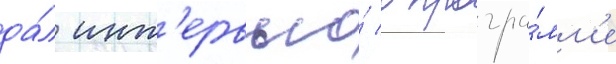
да́л инт'ервью́ в програ́мм'е